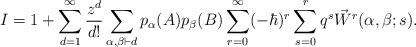
LaTeX: \begin{align*}I = 1+ \sum_{d=1}^\infty \frac{z^d}{d!} \sum_{\alpha,\beta \vdash d} p_\alpha(A) p_\beta(B) \sum_{r=0}^\infty (-\hbar)^r \sum_{s=0}^r q^s \vec{W}^r(\alpha,\beta;s).\end{align*}